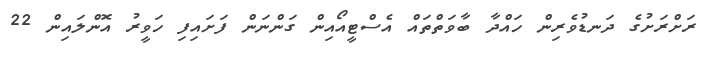
ރަށްރަށުގެ ދަނޑުވެރިން ހައްދާ ބާވަތްތައް އެސްޓީއޯއިން ގަންނަން ފަށައިފި ހަވީރު އޮންލައިން 22